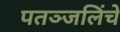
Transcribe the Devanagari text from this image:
पतञ्जलिंचे